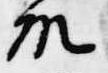
院